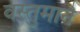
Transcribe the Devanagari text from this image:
वस्तुमाने